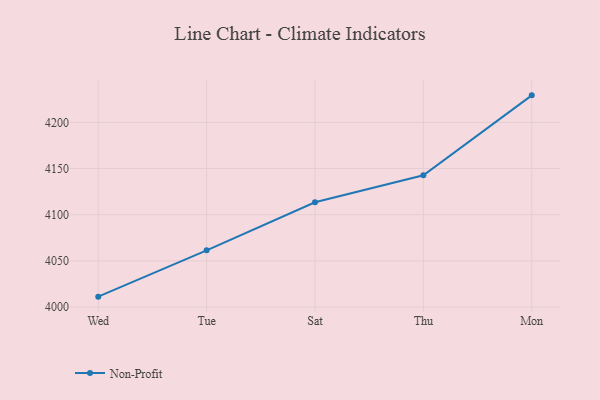
{"axis": {"x": "Day", "y": "Bounce Rate (%)"}, "legend": ["Non-Profit"], "data": [{"x": "Wed", "y": 4011.3, "type": "Non-Profit"}, {"x": "Tue", "y": 4061.4, "type": "Non-Profit"}, {"x": "Sat", "y": 4113.5, "type": "Non-Profit"}, {"x": "Thu", "y": 4142.7, "type": "Non-Profit"}, {"x": "Mon", "y": 4229.2, "type": "Non-Profit"}]}